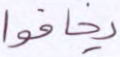
يخافوا